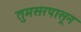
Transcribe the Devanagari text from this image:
तुमसरपासून